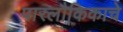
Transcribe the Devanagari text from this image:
पारलौकिकाचे